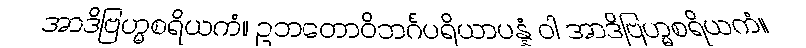
အာဒိဗြဟ္မစရိယကံ။ ဥဘတောဝိဘင်္ဂပရိယာပန္နံ ဝါ အာဒိဗြဟ္မစရိယကံ။